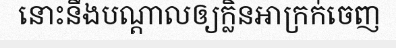
នោះនឹងបណ្តាលឲ្យក្លិនអាក្រក់ចេញ